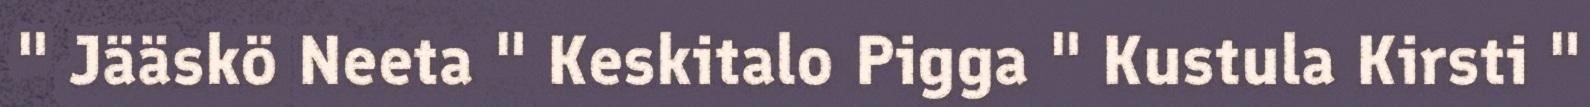
" Jääskö Neeta " Keskitalo Pigga " Kustula Kirsti "